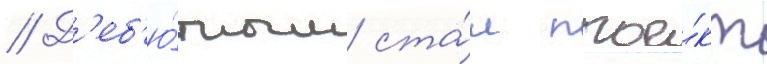
// Д'еб'ю́тным ста́л прое́кт